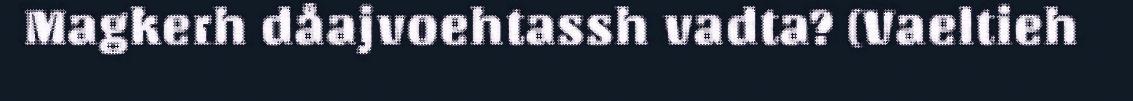
Magkerh dåajvoehtassh vadta? (Vaeltieh